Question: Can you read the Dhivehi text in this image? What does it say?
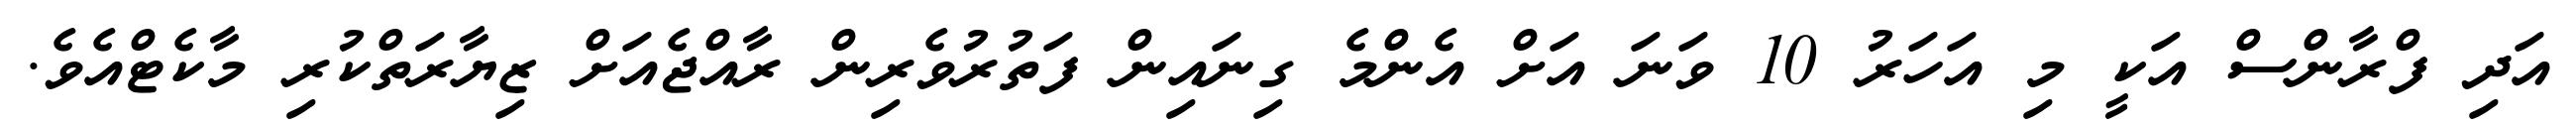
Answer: އަދި ފްރާންސް އަކީ މި އަހަރު 10 ވަނަ އަށް އެންމެ ގިނައިން ފަތުރުވެރިން ރާއްޖެއަށް ޒިޔާރަތްކުރި މާކެޓްއެވެ.